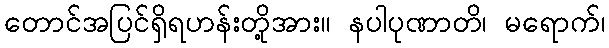
တောင်အပြင်ရှိရဟန်းတို့အား။ နပါပုဏာတိ၊ မရောက်၊